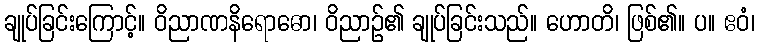
ချုပ်ခြင်းကြောင့်။ ဝိညာဏနိရောဓော၊ ဝိညာဉ်၏ ချုပ်ခြင်းသည်။ ဟောတိ၊ ဖြစ်၏။ ပ။ ဧဝံ၊